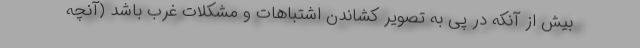
بیش از آنکه در پی به تصویر کشاندن اشتباهات و مشکلات غرب باشد (آنچه